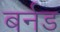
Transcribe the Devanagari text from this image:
बर्नड